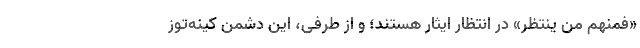
«فمنهم مَن ینتظر» در انتظار ایثار هستند؛ و از طرفی، این دشمن کینه‌توز